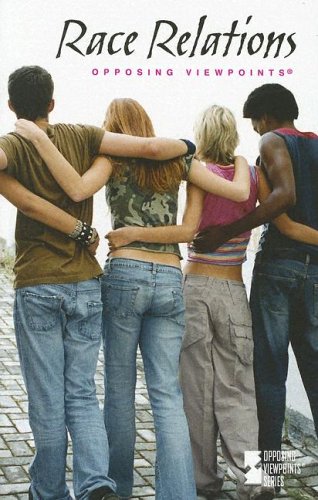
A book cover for Race Relations (Opposing Viewpoints); James D.; Teen & Young Adult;